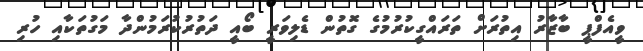
ވީއެފްޕީ ބާޒާރު އިތުރަށް ތަރައްގީކުރުމުގެ ގޮތުން ޑެލިވަރީ ބޯއީ ދަތުރުކުރަމުންދާ މަގުތަކާއި ހުރި